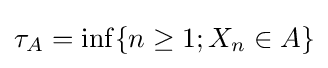
\tau _{A}=\inf\{n\geq 1;X_{n}\in A\}